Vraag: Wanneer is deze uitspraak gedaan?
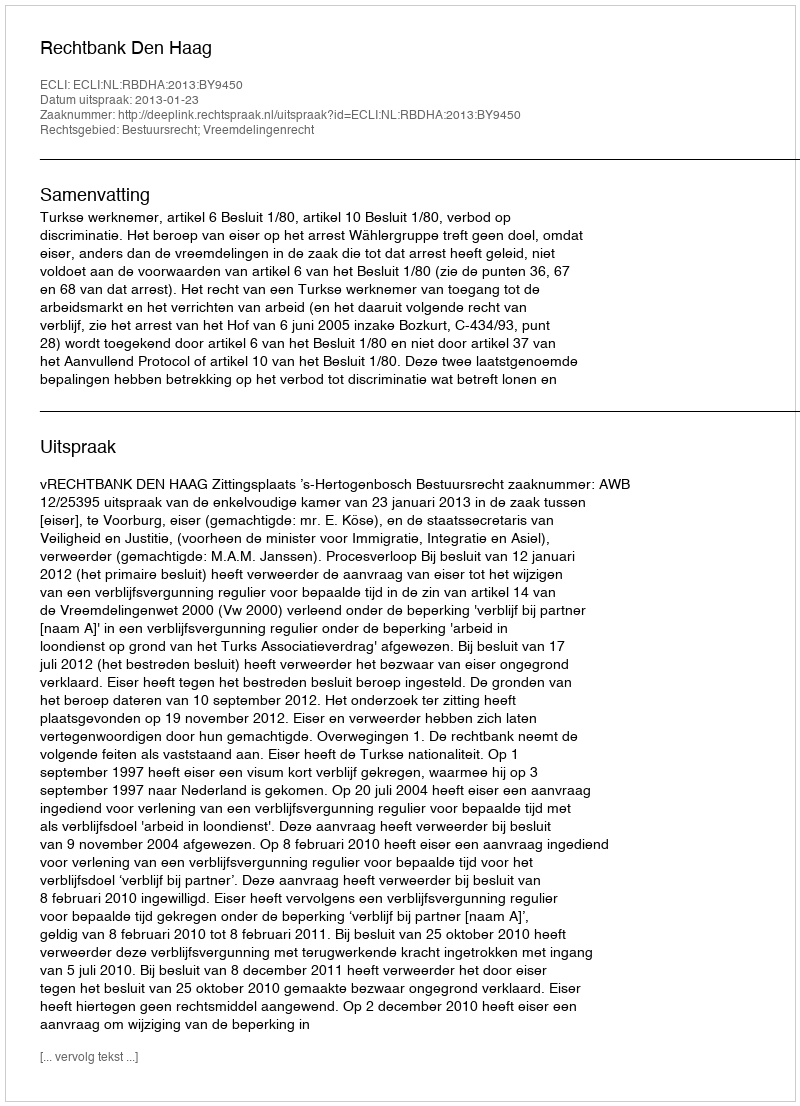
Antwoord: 2013-01-23